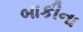
બાકીના